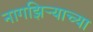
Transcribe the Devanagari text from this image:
नागझिऱ्याच्या